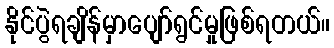
နိုင်ပွဲရချိန်မှာပျော်ရွင်မှုဖြစ်ရတယ်။